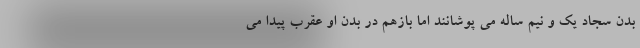
بدن سجاد یک و نیم ساله می پوشانند اما بازهم در بدن او عقرب پیدا می